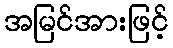
အမြင်အားဖြင့်